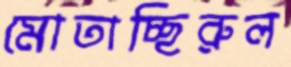
মোতাচ্ছিরুল